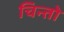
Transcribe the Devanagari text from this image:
चिन्तो